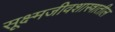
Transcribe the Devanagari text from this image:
सूक्ष्मजीवशास्त्रातील